Burma Government Medical School reports 1923-41
Year: 1923
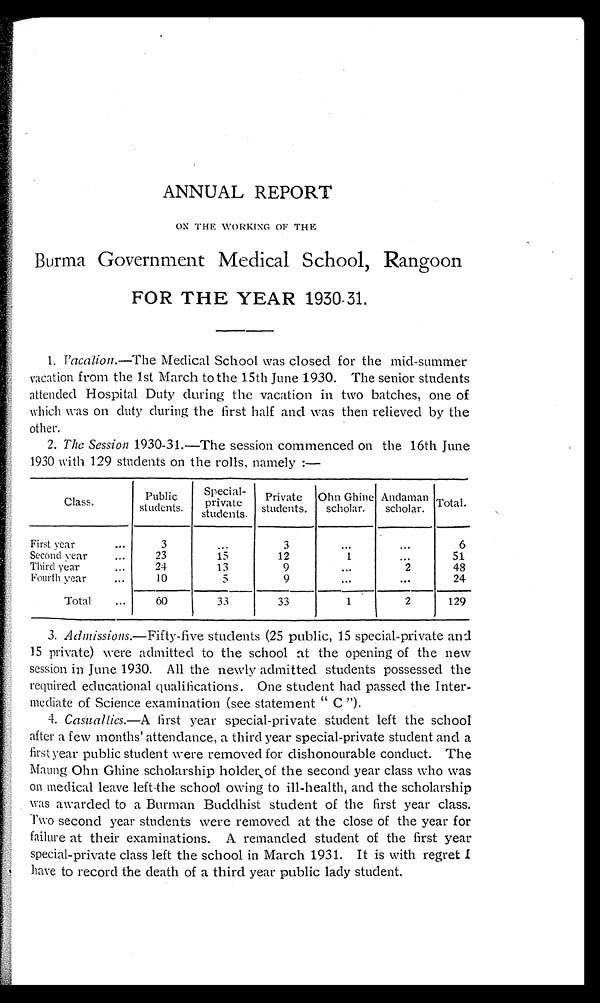
ANNUAL REPORT
ON THE WORKING OF THE
Burma Government Medical School, Rangoon
FOR THE YEAR 1930-31.
1. vacation.— The Medical School was closed for the mid-summer
vacation from the 1st March to the 15th June 1930. The senior students
attended Hospital Duty during the vacation in two batches, one of
which was on duty during the first half and was then relieved by the
other.
2. The Session 1930-31.—The session commenced on the 16th June
1930 with 129 students on the rolls, namely:—
Class.
Publ i c st udent s.
Special
private
students.
Private
students.
Ohn Ghine
scholar.
Andaman
scholar. Total.
First year . . .
3
. . .
3
. . .
. . .
6
Second year . . .
23
15
12
1
. . .
51
Third year . . .
24
13
9
. . .
2
48
Fourth year . . .
10
5
9
. . .
. . . 24
Total . . .
60
33
33
1
2
129
3. Admissions.— Fifty-five students (25 public, 15 special-private an
d
15 private) were admitted to the school at the opening of the new
session in June 1930. All the newly admitted students possessed the
required educational qualifications. One student had passed the Inter
-
mediate of Science examination (see statement "C").
4. Casuallies.— A first year special-private student left the school
after a few months' attendance, a third year special-private student and a
first year public student were removed for dishonourable conduct. The
Maung Ohn Ghine scholarship holder of the second year class who was
on medical leave left the school owing to ill-health, and the scholarship
was awarded to a Burman Buddhist student of the first year class.
Two second year students were removed at the close of the year for
failure at their examinations. A remanded student of the first year
special-private class left the school in March 1931. It is with regret I
have to record the death of a third year public lady student.